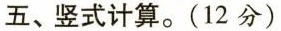
五、竖式计算。(12分)